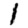
Digit: 1